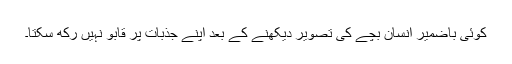
کوئی باضمیر انسان بچے کی تصویر دیکھنے کے بعد اپنے جذبات پر قابو نہیں رکھ سکتا۔